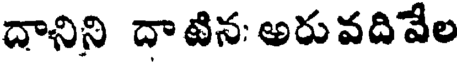
దానిని దాటిన: అరు వదివేల